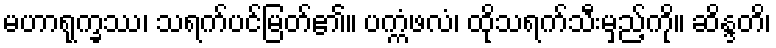
မဟာရုက္ခဿ၊ သရက်ပင်မြတ်၏။ ပက္ကံဖလံ၊ ထိုသရက်သီးမှည့်ကို။ ဆိန္ဒတိ၊